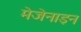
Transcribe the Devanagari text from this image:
मेजेनाइन